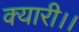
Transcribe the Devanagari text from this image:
क्यारी।।